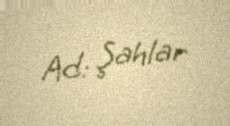
Ad: Şahlar